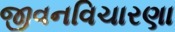
જીવનવિચારણા